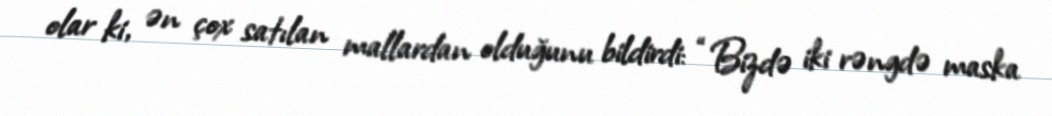
olar ki, ən çox satılan mallardan olduğunu bildirdi: “Bizdə iki rəngdə maska